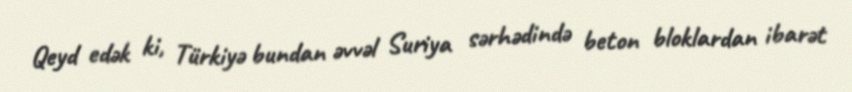
Qeyd edək ki, Türkiyə bundan əvvəl Suriya sərhədində beton bloklardan ibarət